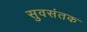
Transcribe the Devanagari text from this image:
सुवसंतक